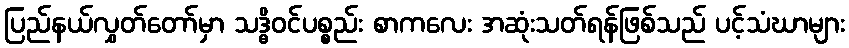
ပြည်နယ်လွှတ်တော်မှာ သဒ္ဓိဝင်ပစ္စည်း စာကလေး အဆုံးသတ်ရန်ဖြစ်သည် ပင့်သံဃာများ